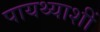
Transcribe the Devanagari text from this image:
पायथ्याशीं